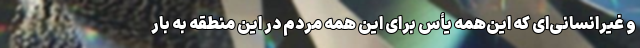
و غیرانسانی‌ای که این‌همه یأس برای این همه مردم در این منطقه به بار